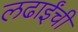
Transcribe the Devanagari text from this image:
लढाईंची